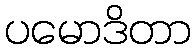
ပမောဒိတာ